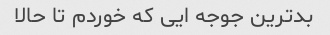
بدترین جوجه ایی که خوردم تا حالا